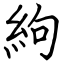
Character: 絇